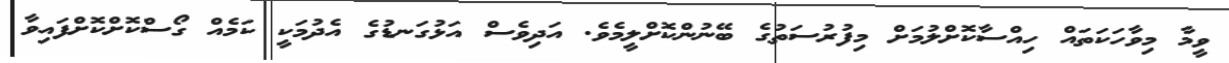
ވީމާ މިވާހަކަތައް ހިއްސާކޮށްލުމަށް މިފުރުސަތުގެ ބޭނުންކޮށްލީމެވެ. އަދިވެސް އަޅުގަނޑުގެ އެދުމަކީ ކަމެއް ގޯސްކޮށްކޮށްފައިވާ